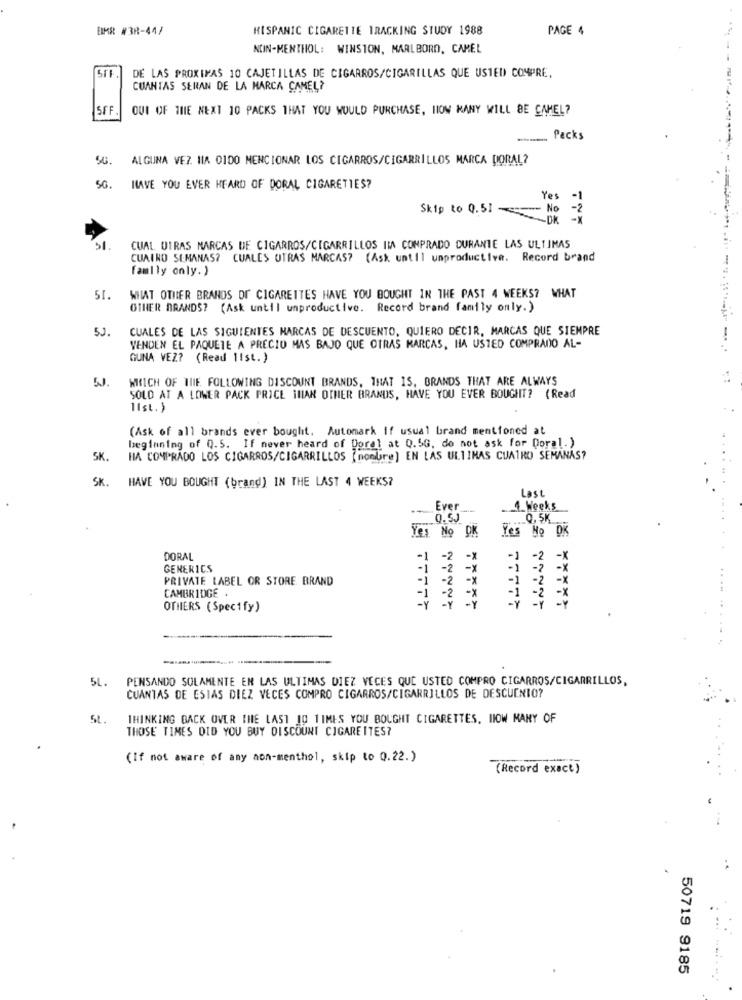
EIMR #38-44/
HISPANIC CIGARETTE TRACKING STUDY 1988
PAGE 4
NOIN-MENTHOL: WINSTON, MARLBORO, CAMEL
DE LAS PROXIMAS 10 CAJETILLAS DE CIGARROS/CIGARILLAS QUE USTED COMPRE,
CUANTAS SERAN DE LA MARCA CAMEL?
SFF.
OUI OF THE NEXT 10 PACKS THAT YOU WOULD PURCHASE, HOW MANY WILL BE CAMEL?
Packs
5G.
ALGUNA VEZ MIA 0100 MENCIONAR LOS CIGARROS/CIGARRILLOS MARCA DORAL?
SG.
HAVE YOU EVER HEARD OF DORAL CIGARETTES?
Yes
-1
Skip to 0.51 -
- No
..
-DK -X
51.
CUAL DIRAS MARCAS DE CIGARROS/CIGARRILLOS IMA COMPRADO DURANTE LAS ULTIMAS
CUATRO SEMANAS? CUALES OTRAS MARCAS? (Ask until unproductive. Record brand
family only. )
51.
WILAT OTHER BRANDS OF CIGARETTES HAVE YOU BOUGHT IN THE PAST 4 WEEKS? WHAT
OTHER BRANDS? (Ask until unproductive. Record brand family only. )
5J.
CUALES DE LAS SIGUIENTES MARCAS DE DESCUENTO, QUIERO DECIR, MARCAS QUE SIEMPRE
VENDEN EL PAQUETE A PRECIO MAS BAJO QUE OTRAS MARCAS, HA USTED COMPRADO AL-
-----.
GUNA VEZ? (Read list.)
WHICH OF THE FOLLOWING DISCOUNT BRANDS, THAT IS, BRANDS THAT ARE ALWAYS
SOLD AT A LOWER PACK PRICE THAN OTHER BRANDS, HAVE YOU EVER BOUGHT? (Read
list.)
(Ask of all brands ever bought. Automark If usual brand mentioned at
beginning of 0.5. If never heard of Doral at 0.5G, do not ask for Doral.)
SK.
HA COMPRADO LOS CIGARROS/CIGARRILLOS ( nombre) EN LAS ULTIMAS CUATRO SEMANAS?
SK.
HAVE YOU BOUGHT (brand) IN THE LAST 4 WEEKS?
Last
--
Ever ....
.1. Weeks
... Q. 5K
Yes No DK
Yes No OK
DORAL
-1 -2
-1
-2
-X
GENERICS
-1
-2
-i
-? - X
PRIVATE LABEL OR STORE BRAND
-1 -2 -x
-1 -2
-X
CAMBRIDGE .
-1 - 2
-1
-2 -X
OTHERS (Specify)
-Y
*****
5L.
PENSANDO SOLAMENTE EN LAS ULTIMAS DIEZ VECES QUE USTED COMPRO CIGARROS/CIGARRILLOS,
CUANTAS DE ESTAS DIEZ VECES COMPRO CIGARROS/CIGARRILLOS DE DESCUENTO?
5L.
THINKING BACK OVER THE LAST 10 11MES YOU BOUGHT CIGARETTES. HOW MANY OF
THOSE TIMES DID YOU BUY DISCOUNT CIGARETTES?
(If not aware of any non-menthol, skip to Q.22.)
(Record exact)
50719 9185